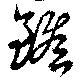
餱